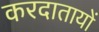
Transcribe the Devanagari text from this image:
करदातायों